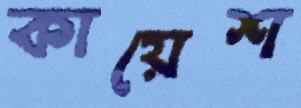
কায়েশ